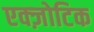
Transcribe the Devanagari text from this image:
एक्ज़ोटिक